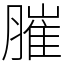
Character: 膗